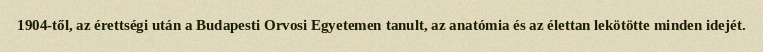
1904-től, az érettségi után a Budapesti Orvosi Egyetemen tanult, az anatómia és az élettan lekötötte minden idejét.